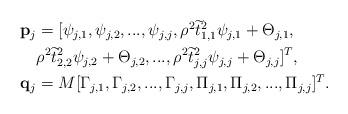
LaTeX: \begin{align*}\begin{aligned}\bold{p}_{j}&=[\psi_{j,1},\psi_{j,2},...,\psi_{j,j}, \rho^2\widetilde{t}_{1,1}^2 \psi_{j,1}+\Theta_{j,1},\\& \rho^2\widetilde{t}_{2,2}^2 \psi_{j,2}+\Theta_{j,2},..., \rho^2\widetilde{t}_{j,j}^2 \psi_{j,j}+\Theta_{j,j}]^{T},\\\bold{q}_{j}&=M[\Gamma_{j,1},\Gamma_{j,2},...,\Gamma_{j,j},\Pi_{j,1},\Pi_{j,2},...,\Pi_{j,j}]^{T}.\end{aligned}\end{align*}